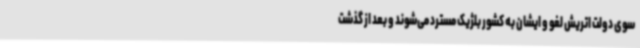
سوی دولت اتریش لغو و ایشان به کشور بلژیک مسترد می‌شوند و بعد از گذشت